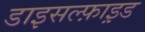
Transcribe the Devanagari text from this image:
डाइसल्फ़ाइ़ड